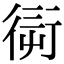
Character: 𧗭